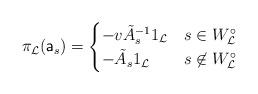
LaTeX: \begin{align*} \pi_{\mathcal{L}}(\mathsf{a}_s) = \begin{cases} -v\tilde{A}_{s}^{-1}1_{\mathcal{L}} & s \in W_{\mathcal{L}}^\circ\\ -\tilde{A}_s1_{\mathcal{L}} & s \not\in W_{\mathcal{L}}^\circ \end{cases} \end{align*}